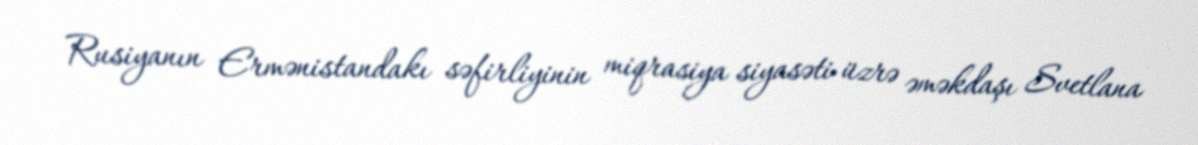
Rusiyanın Ermənistandakı səfirliyinin miqrasiya siyasəti üzrə əməkdaşı Svetlana